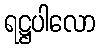
ရဋ္ဌပါလော